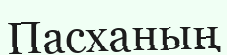
Пасханың